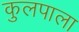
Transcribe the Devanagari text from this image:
कुलपाला